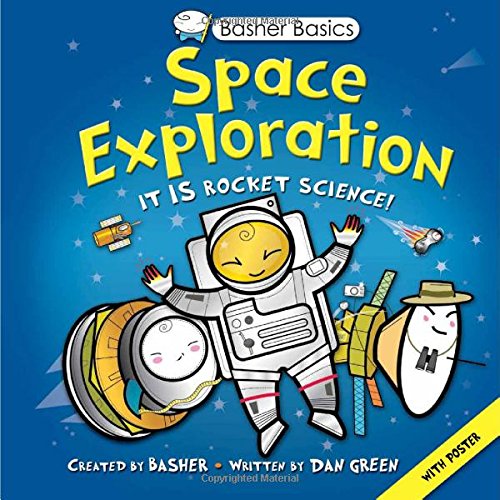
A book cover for Basher Basics: Space Exploration; Simon Basher; Children's Books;